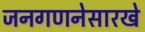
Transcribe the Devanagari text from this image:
जनगणनेसारखे